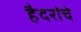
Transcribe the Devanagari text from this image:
हैदरांचे